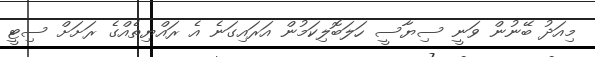
މިއަދު ބޭނުން ވަނީ ސިޔާސީ ހަލަބޮލިކަމުން އަރައިގަނެ އެ ރައްޔިތެއްގެ ރަށަށް ސިޓީ